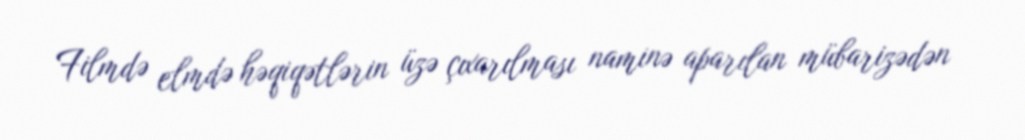
Filmdə elmdə həqiqətlərin üzə çıxarılması naminə aparılan mübarizədən